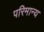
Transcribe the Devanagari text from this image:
परिमान्य